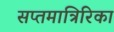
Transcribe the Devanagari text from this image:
सप्तमात्रिरिका